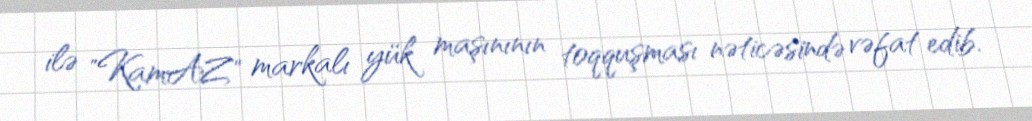
ilə "KamAZ" markalı yük maşınının toqquşması nəticəsində vəfat edib.